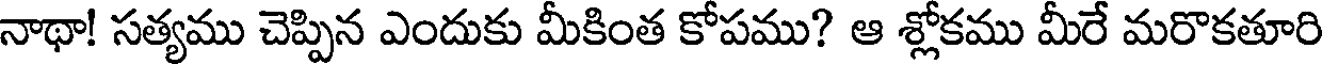
నాథా! సత్యము చెప్పిన ఎందుకు మీకింత కోపము? ఆ శ్లోకము మీరే మరొకతూరి